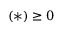
( \ast ) \geq 0